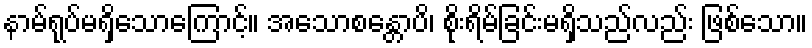
နာမ်ရုပ်မရှိသောကြောင့်။ အသောစန္တောပိ၊ စိုးရိမ်ခြင်းမရှိသည်လည်း ဖြစ်သော။